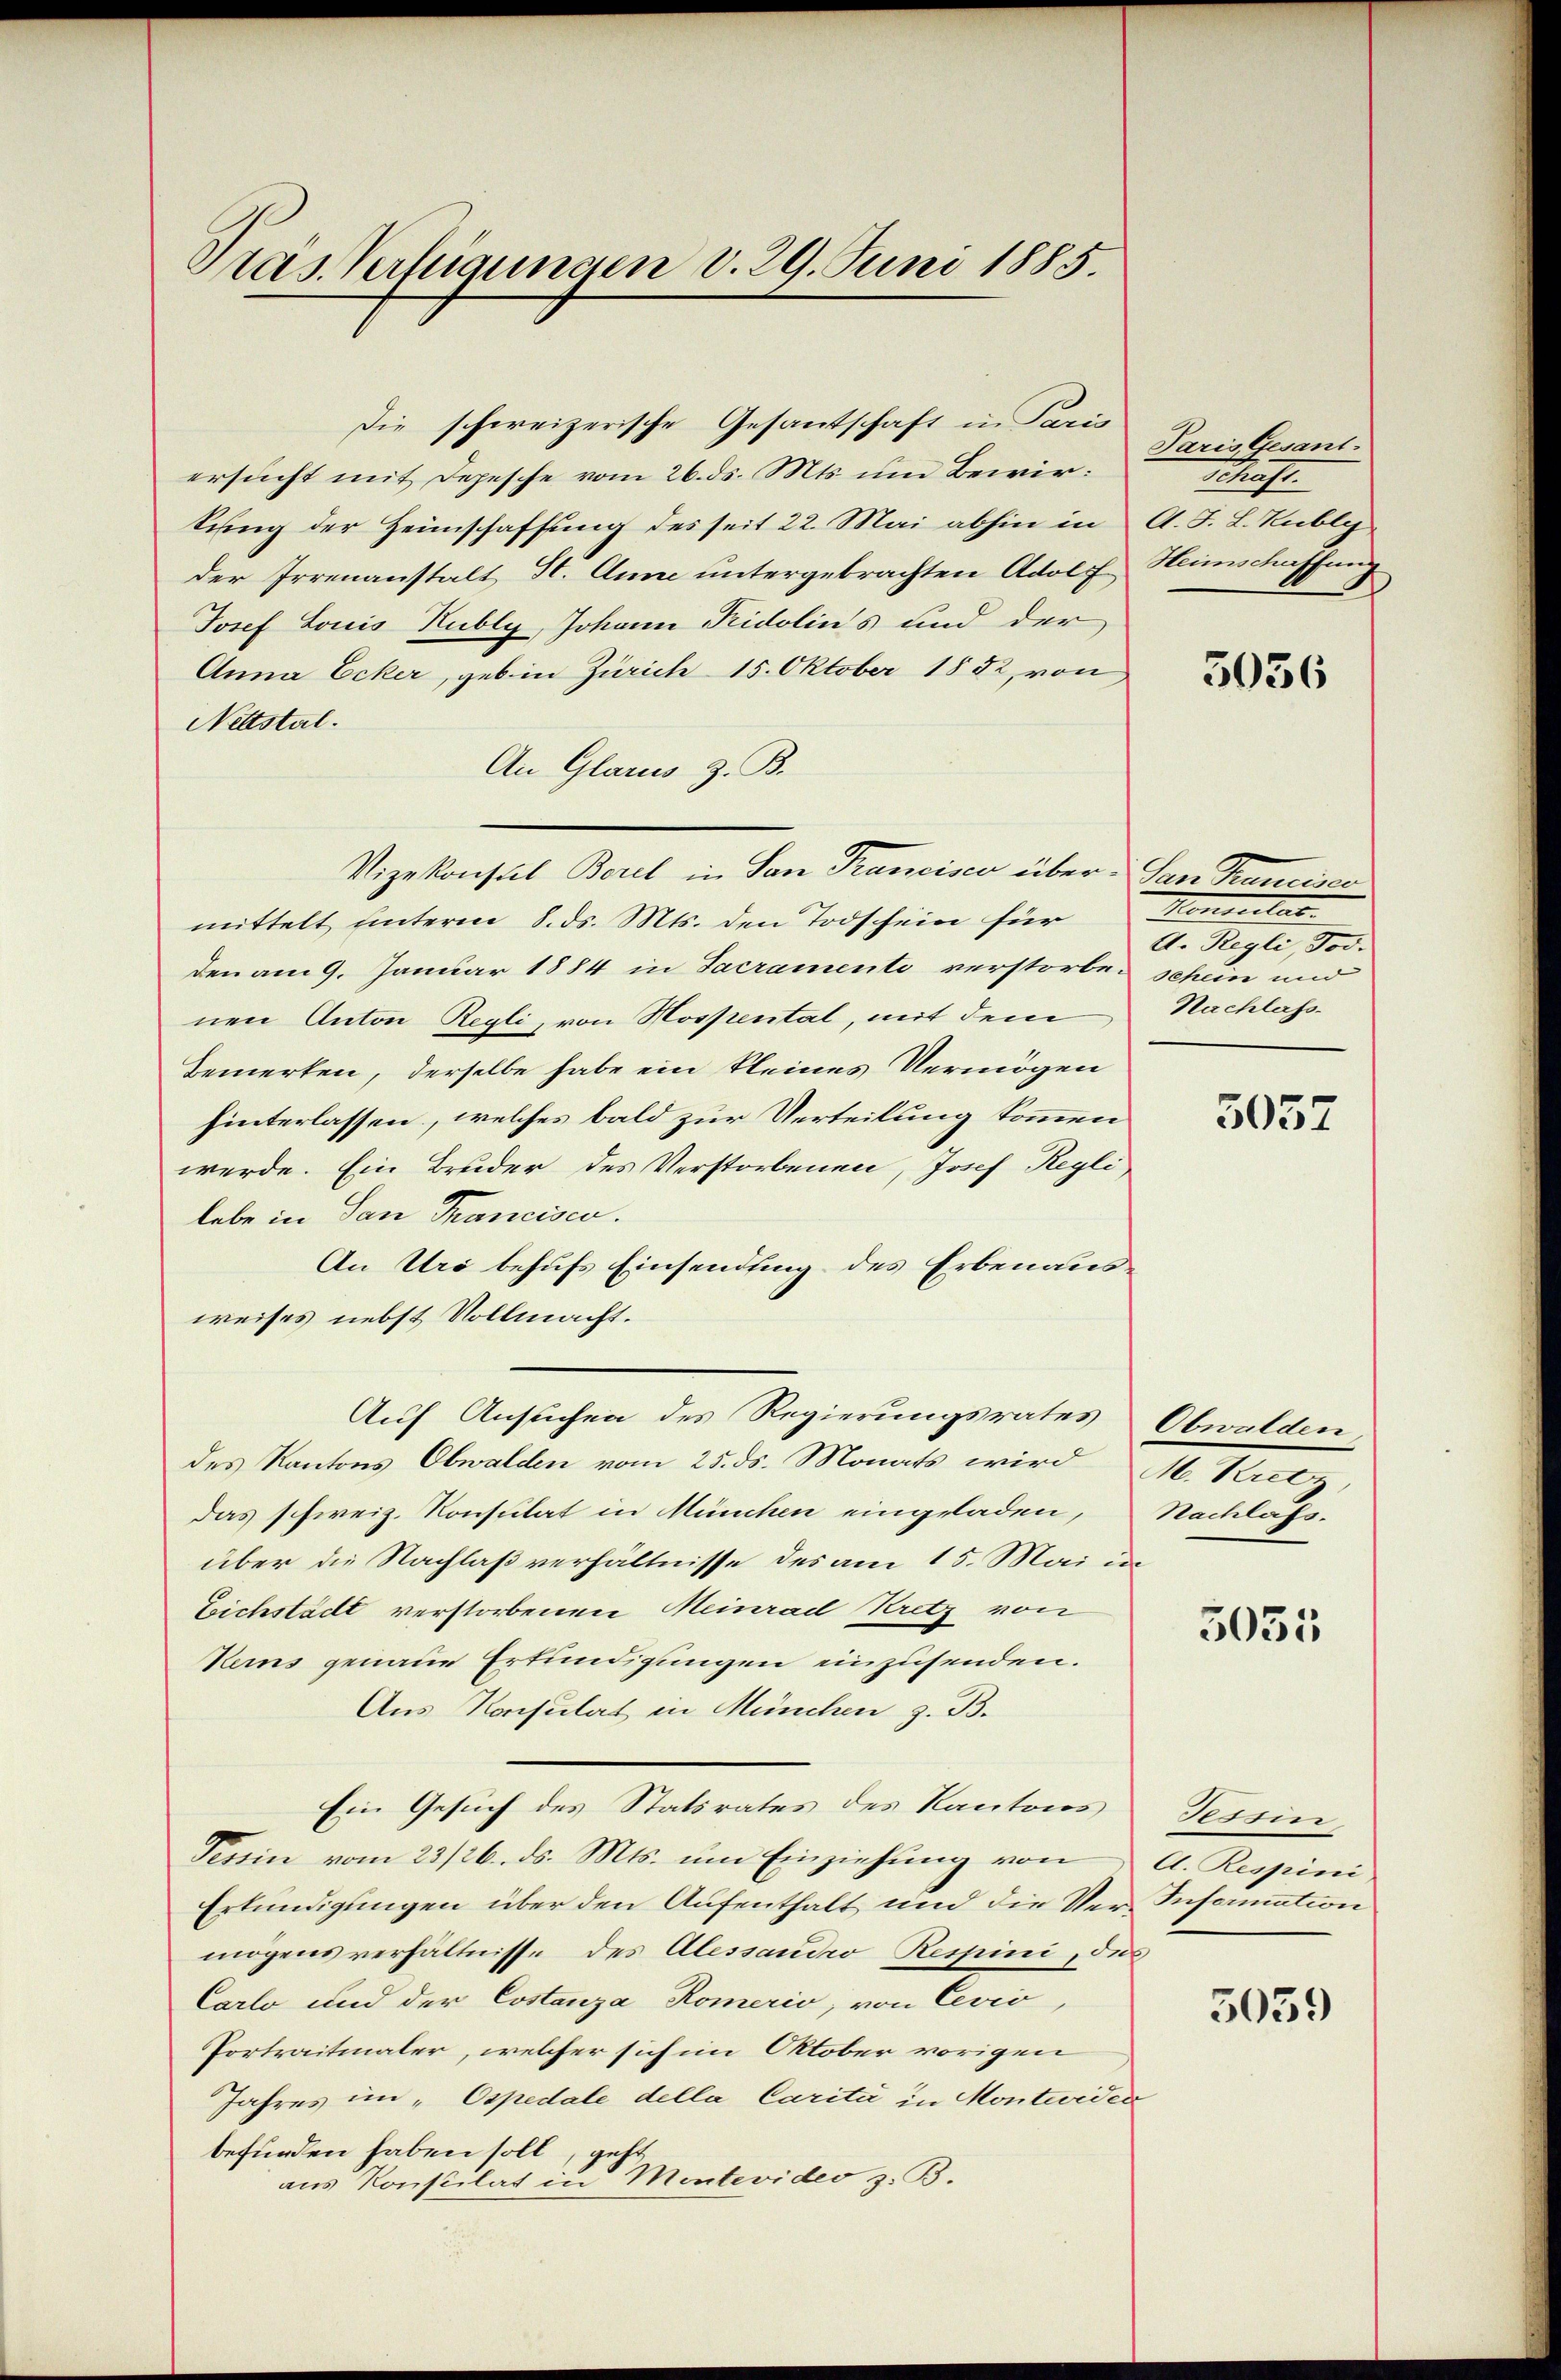
Pras Verfügungen v. 29. Juni 1885.

Die schweizerische Gesantschaft in Paris
ersucht mit Depesche vom 26. ds. Mts. um Bewirkung der Heimschaffung des seit 22. Mai abhin in
der Irrenanstalt St. Anne untergebrachten Adolf
Josef Louis Kubly, Johann Pidolin's und der
Anna Ecker, geb in Zürich 15. Oktober 1852, von
Nettstal.
An Glarus z. B.
mittelt unterm 8. ds. Mts. den Todschein für
den am 9. Januar 1884 in Sacramento verstorben schein und
nen Anton Regli, von Hospental, mit dem
Bemerken, derselbe habe ein kleines Vermögen
hinterlassen, welches bald zur Verteilung kommen
werde. Ein Bruder des Verstorbenen, Josef Regli,
lebe in San Francisco.
An Uri behufs Einsendung des Erbenausweises nebst Vollmacht.
Auf Ansuchen des Regierungsrates
des Kantons Obwalden vom 25. ds. Monats wird
das schweiz. Konsulat in München eingeladen,
über die Nachlaßverhältnisse des am 15. Mai in
Eichstädt verstorbenen Meinrad Kretz von
Keins genaue Erkundigungen einzusenden.
Aus Konsulat in München z. B.
Ein Gesuch des Statsrates des Kantons Tessin,
Tessin vom 23/26. ds. Mts. um Einziehung von
Erkundigungen über den Aufenthalt und die Ver-Information
mögens verhältnisse des Alessaudio Respini, dies
Carlo und der Costanza Romerio, von Cević,
Portraitmaler, welcher sich im Oktober vorigen
Jahres im „Ospedale della Carité in Montevider
befürden haben soll, geht
aus Konsulat in Montevideo z. B.

Vizekonsul Borel in San Francisco über San Francisco

Paris Gesant.
Schaft.
A. J. L. Kubli
Heimschaffung

5036

Honduitat.
A. Regli, Jos.
Nachlass.

5057

Obwalden
M. Kretz,
Nachlass.

5035

A. Respini

3059